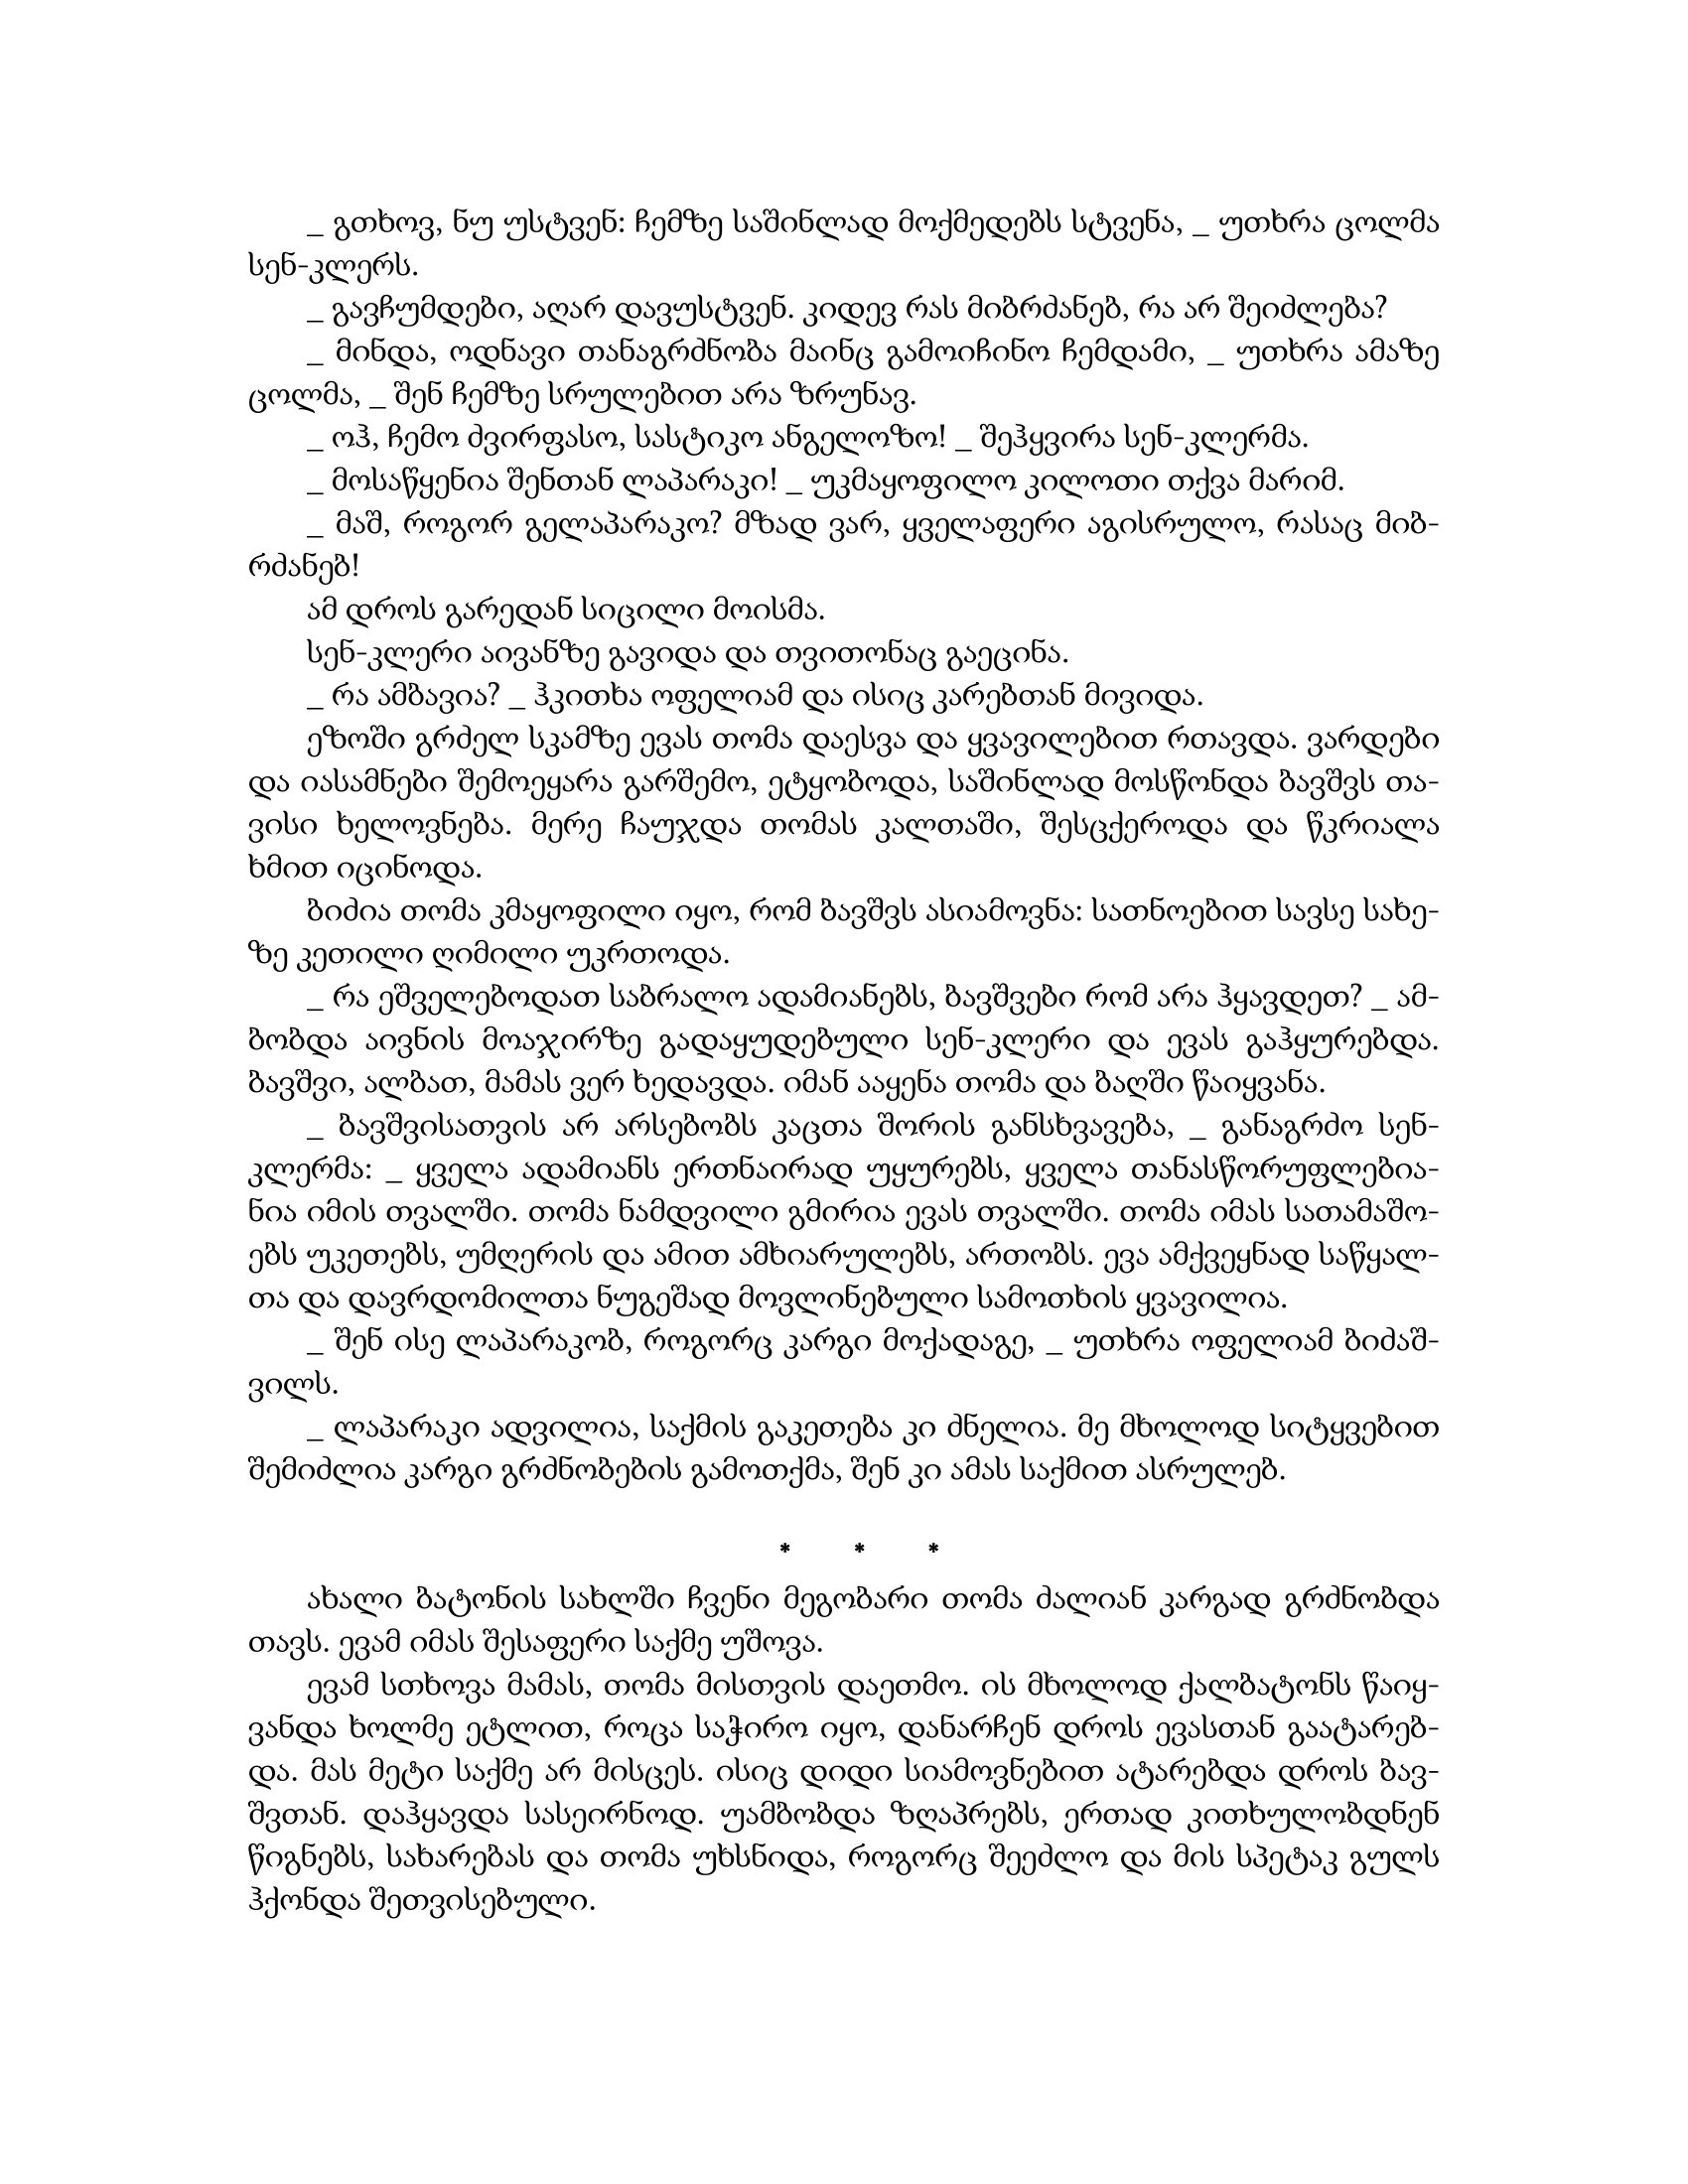
Language: gr